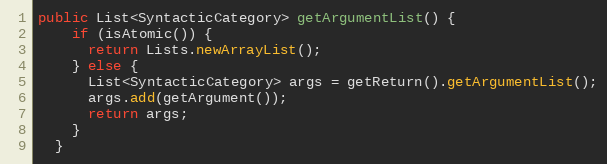
Language: Java
public List<SyntacticCategory> getArgumentList() {
    if (isAtomic()) {
      return Lists.newArrayList();
    } else {
      List<SyntacticCategory> args = getReturn().getArgumentList();
      args.add(getArgument());
      return args;
    }
  }